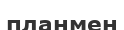
планмен